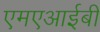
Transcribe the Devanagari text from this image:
एमएआईबी